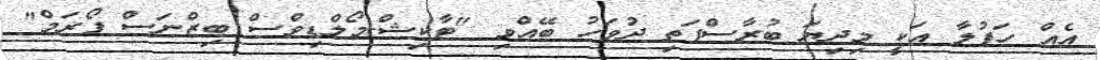
އެއް ހަފުލާ އަކީ މިދިޔަ ބުރާސްފަތި ދުވަހު ބޭއްވި "ޓާކިޝް-މޯލްޑިވްސް ބިޒްނަސް ފޯރަމް"